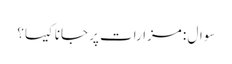
سوال : مزارات پر جانا کیسا؟